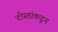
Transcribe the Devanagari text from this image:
दोस्तांकडून